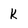
Character: K